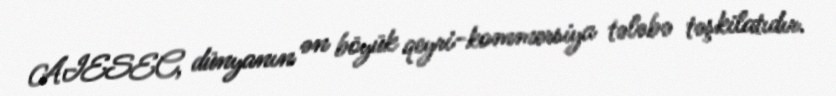
AIESEC, dünyanın ən böyük qeyri-kommersiya tələbə təşkilatıdır.